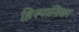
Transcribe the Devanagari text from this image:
हिस्पानिका